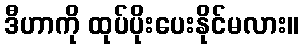
ဒီဟာကို ထုပ်ပိုးပေးနိုင်မလား။